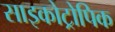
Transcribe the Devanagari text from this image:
साइकोट्रोपिक